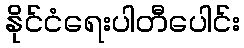
နိုင်ငံရေးပါတီပေါင်း